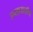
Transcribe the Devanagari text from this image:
उप्सायलॉन